Lunatic asylums Madras 1877-1891 - 1877-1891
Year: 1877
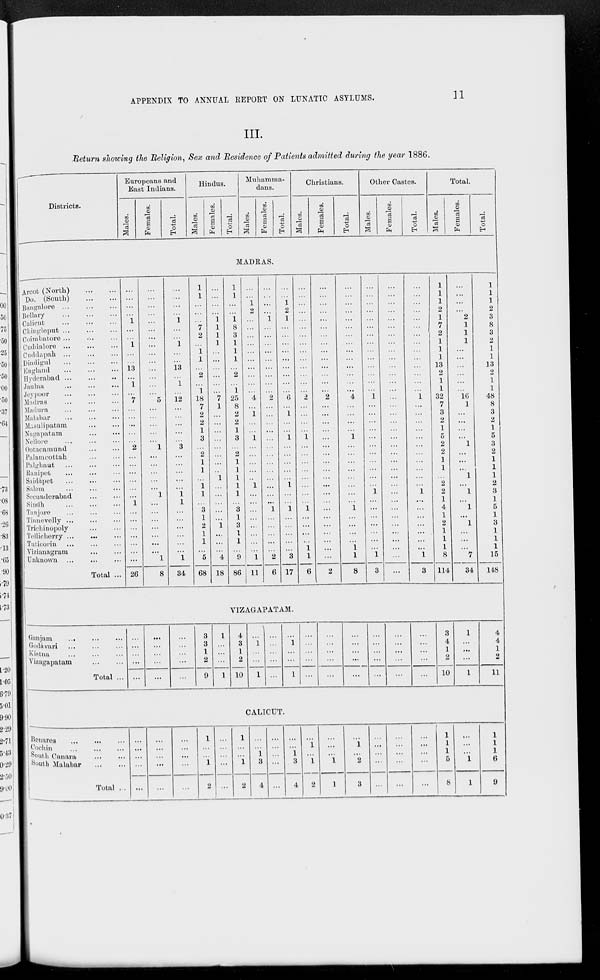
APPENDIX TO ANNUAL REPORT ON LUNATIC ASYLUMS.
11
III.
Return showing the Religion, Sex and Residence of Patients admitted during the year 1886.
Districts.
Arcot (North)
...
...
Do. (South)
...
...
Bangalore
...
...
...
Bellary
...
...
...
Calicut
...
...
...
Chingleput
...
...
...
Coimbatore ... ... ...
Cuddalore ... ... ...
Cuddapah ... ... ...
Dindigul
...
...
...
England ... ... ...
Hyderabad ... ... ...
Jaulna
...
...
...
Jeypoor ... ... ...
Madras
...
...
...
Madura ... ... ...
Malabar
...
...
...
Masulipatam ... ...
Nagapatam ... ...
Nellore ... ... ...
Ootacamund ... ...
Palamcottah ... ...
Palghautc ... ... ...
Ranipet ... ... ...
Saidápet ... ... ...
Salem ... ... ...
Secunderabad
...
...
Sindh
...
...
...
Tanjore ... ... ...
Tinnevelly ... ... ...
Trichinopoly ... ...
Tellicherry
...
...
...
Tuticorin
...
...
...
Vizianagram ... ...
Unknown ... ... ...
Total ...
Ganjam
...
...
...
Godávari
...
...
...
Kistna ... ... ...
Vizagapatam ... ... ...
Total ...
Benares
...
...
...
Cochin
...
...
...
South Canara ... ...
South Malabar
...
...
Total ...
Europeans and
East Indians.
Males.
Females.
Total.
Hindus.
Males.
Females.
Total.
Muhamma-
dans.
Males.
Females.
Total.
Christians.
Males.
Females.
Total.
Other Castes.
Males.
Females.
Total.
Total.
Males.
Females.
Total.
MADRAS.
...
...
...
...
1
...
...
1
...
...
13
...
1
...
7
...
...
...
...
...
2
...
...
...
...
...
...
1
...
...
...
...
...
...
...
26
...
...
...
...
...
...
...
...
...
...
...
...
...
...
5
...
...
...
...
...
1
...
...
...
...
...
1
...
...
...
...
...
...
...
1
8
...
...
...
...
1
...
...
1
...
...
13
...
1
...
12
...
...
...
...
...
3
...
...
...
...
...
1
1
...
...
...
...
...
...
1
34
1
1
...
...
...
7
2
...
1
1
...
2
...
1
18
7
2
2
1
3
...
2
1
1
...
1
1
...
3
1
2
1
1
...
5
68
...
...
...
...
1
1
1
1
...
...
...
...
...
...
7
1
...
...
...
...
...
...
...
...
1
...
...
...
...
...
1
...
...
...
4
18
1
1
...
...
1
8
3
1
1
1
...
2
...
1
25
8
2
2
1
3
...
2
1
1
1
1
1
...
3
1
3
1
1
...
9
86
...
...
1
2
...
...
...
...
...
...
...
...
...
...
4
...
1
...
...
1
...
...
...
...
...
1
...
...
...
...
...
...
...
...
1
11
...
...
...
...
1
...
...
...
...
...
...
...
...
...
2
...
...
...
...
...
...
...
...
...
...
...
...
...
1
...
...
...
...
...
2
6
...
...
1
2
1
...
...
...
...
...
...
...
...
...
6
...
1
...
...
1
...
...
...
...
...
1
...
...
1
...
...
...
...
...
3
17
...
...
...
...
...
...
...
...
...
...
...
...
...
...
2
...
...
...
...
1
...
...
...
...
...
...
...
...
1
...
...
...
...
1
1
6
...
...
...
...
...
...
...
...
...
...
...
...
...
...
2
...
...
...
...
...
...
...
...
...
...
...
...
...
...
...
...
...
...
...
...
2
...
...
...
...
...
...
...
...
...
...
...
...
...
...
4
...
...
...
...
1
...
...
...
...
...
...
...
...
1
...
...
...
...
1
1
8
...
...
...
...
...
...
...
...
...
...
...
...
...
...
1
...
...
...
...
...
...
...
...
...
...
...
1
...
...
...
...
...
...
...
1
3
...
...
...
...
...
...
...
...
...
...
...
...
...
...
...
...
...
...
...
...
...
...
...
...
...
...
...
...
...
...
...
...
...
...
...
...
...
...
...
...
...
...
...
...
...
...
...
...
...
...
1
...
...
...
...
...
...
...
...
...
...
...
1
...
...
...
...
...
...
...
1
3
1
1
1
2
1
7
2
1
1
1
13
2
1
1
32
7
3
2
1
5
2
2
1
1
...
2
2
1
4
1
2
1
1
1
8
114
...
...
...
...
2
1
1
1
...
...
...
...
...
...
16
1
...
...
...
...
1
...
...
...
1
...
1
...
1
...
1
...
...
...
7
34
1
1
1
2
3
8
3
2
1
1
13
2
1
1
48
8
3
2
1
5
3
2
1
1
1
2
3
1
5
1
3
1
1
1
15
148
VIZAGAPATAM.
...
...
...
...
...
...
...
...
...
...
...
...
...
...
...
3
3
1
2
9
1
...
...
...
1
4
3
1
2
10
...
1
...
...
1
...
...
...
...
...
...
1
...
...
1
...
...
...
...
...
...
...
...
...
...
...
...
...
...
...
...
...
...
...
...
...
...
...
...
...
...
...
...
...
...
3
4
1
2
10
1
...
...
...
1
4
4
1
2
11
CALICUT.
...
...
...
...
...
...
...
...
...
...
...
...
...
...
...
1
...
...
1
2
...
...
...
...
1
...
...
1
2
...
...
1
3
4
...
...
...
...
...
...
1
3
4
...
1
...
1
2
...
...
...
1
1
...
1
...
2
3
...
...
...
...
...
...
...
...
...
...
...
...
...
...
...
1
1
1
5
8
...
...
...
1
1
1
1
1
6
9